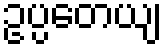
ဥပ္ပတေယျ